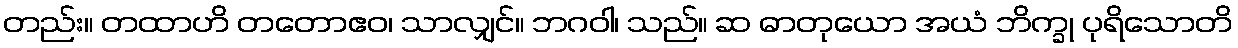
တည်း။ တထာဟိ တတောဧဝ၊ သာလျှင်။ ဘဂဝါ၊ သည်။ ဆ ဓာတုယော အယံ ဘိက္ခု ပုရိသောတိ